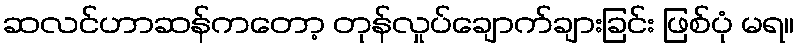
ဆလင်ဟာဆန်ကတော့ တုန်လှုပ်ချောက်ချားခြင်း ဖြစ်ပုံ မရ။